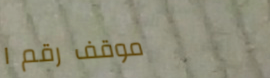
موقف رقم ١